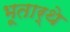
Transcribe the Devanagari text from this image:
भूतार्थे